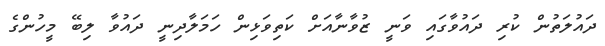
ދައުލަތުން ކުރި ދައުވާގައި ވަނީ ޒުވާނާއަށް ކަތިވަޅިން ހަމަލާދިނީ ދައުވާ ލިބޭ މީހުންގެ